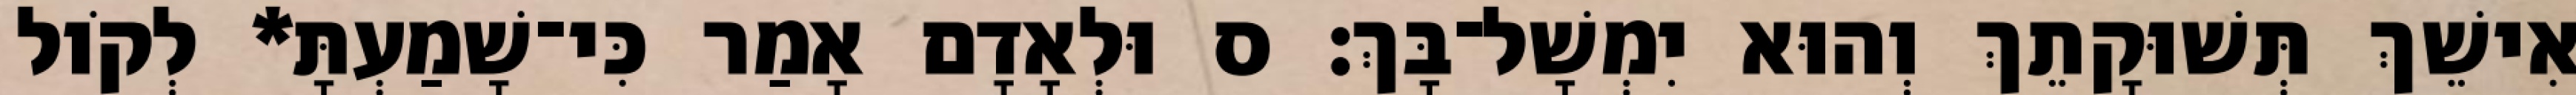
אִישֵׁךְ תְּשׁוּקָתֵךְ וְהוּא יִמְשָׁל־בָּךְ׃ ס וּלְאָדָם אָמַר כִּי־שָׁמַעְתָּ* לְקֹול